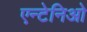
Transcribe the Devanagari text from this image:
एन्टेनिओ